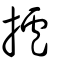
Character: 攎